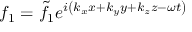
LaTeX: f _ { 1 } = { \tilde { f } } _ { 1 } e ^ { i \left( k _ { x } x + k _ { y } y + k _ { z } z - \omega t \right) }